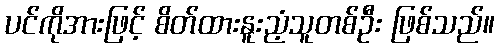
ပင်ကိုအားဖြင့် စိတ်ထားနူးညံ့သူတစ်ဦး ဖြစ်သည်။